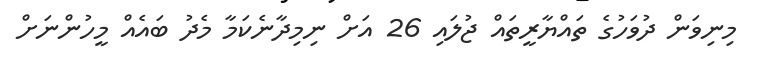
މިނިވަން ދުވަަހުގެ ތައްޔާރީތައް ޖުލައި 26 އަށް ނިމިދާނެކަމާ މެދު ބައެއް މީހުންނަށް